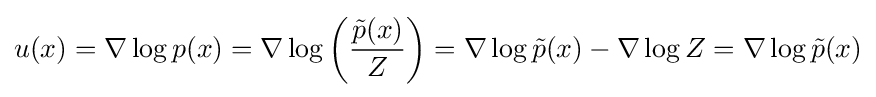
u(x)=\nabla \log p(x)=\nabla \log \left({\frac {{\tilde {p}}(x)}{Z}}\right)=\nabla \log {\tilde {p}}(x)-\nabla \log Z=\nabla \log {\tilde {p}}(x)